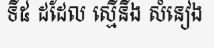
ទី៥ ដដែល ស្មើនឹង សំនៀង